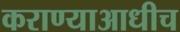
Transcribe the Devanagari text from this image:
कराण्याआधीच